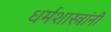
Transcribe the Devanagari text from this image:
धर्मशास्त्रांनी